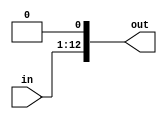
`timescale 1ns / 1ps


// This component left shifts a 12 bit number left 1 bit.

module leftshifter1(
    input [11:0] in,
    output [12:0] out
    );
	
	assign out = in << 1;
		

endmodule